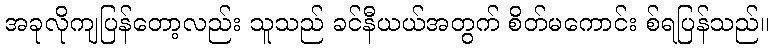
အခုလိုကျပြန်တော့လည်း သူသည် ခင်နီယယ်အတွက် စိတ်မကောင်း စ်ရပြန်သည်။